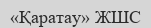
«Қаратау» ЖШС